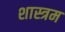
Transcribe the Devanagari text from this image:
शास्त्रम